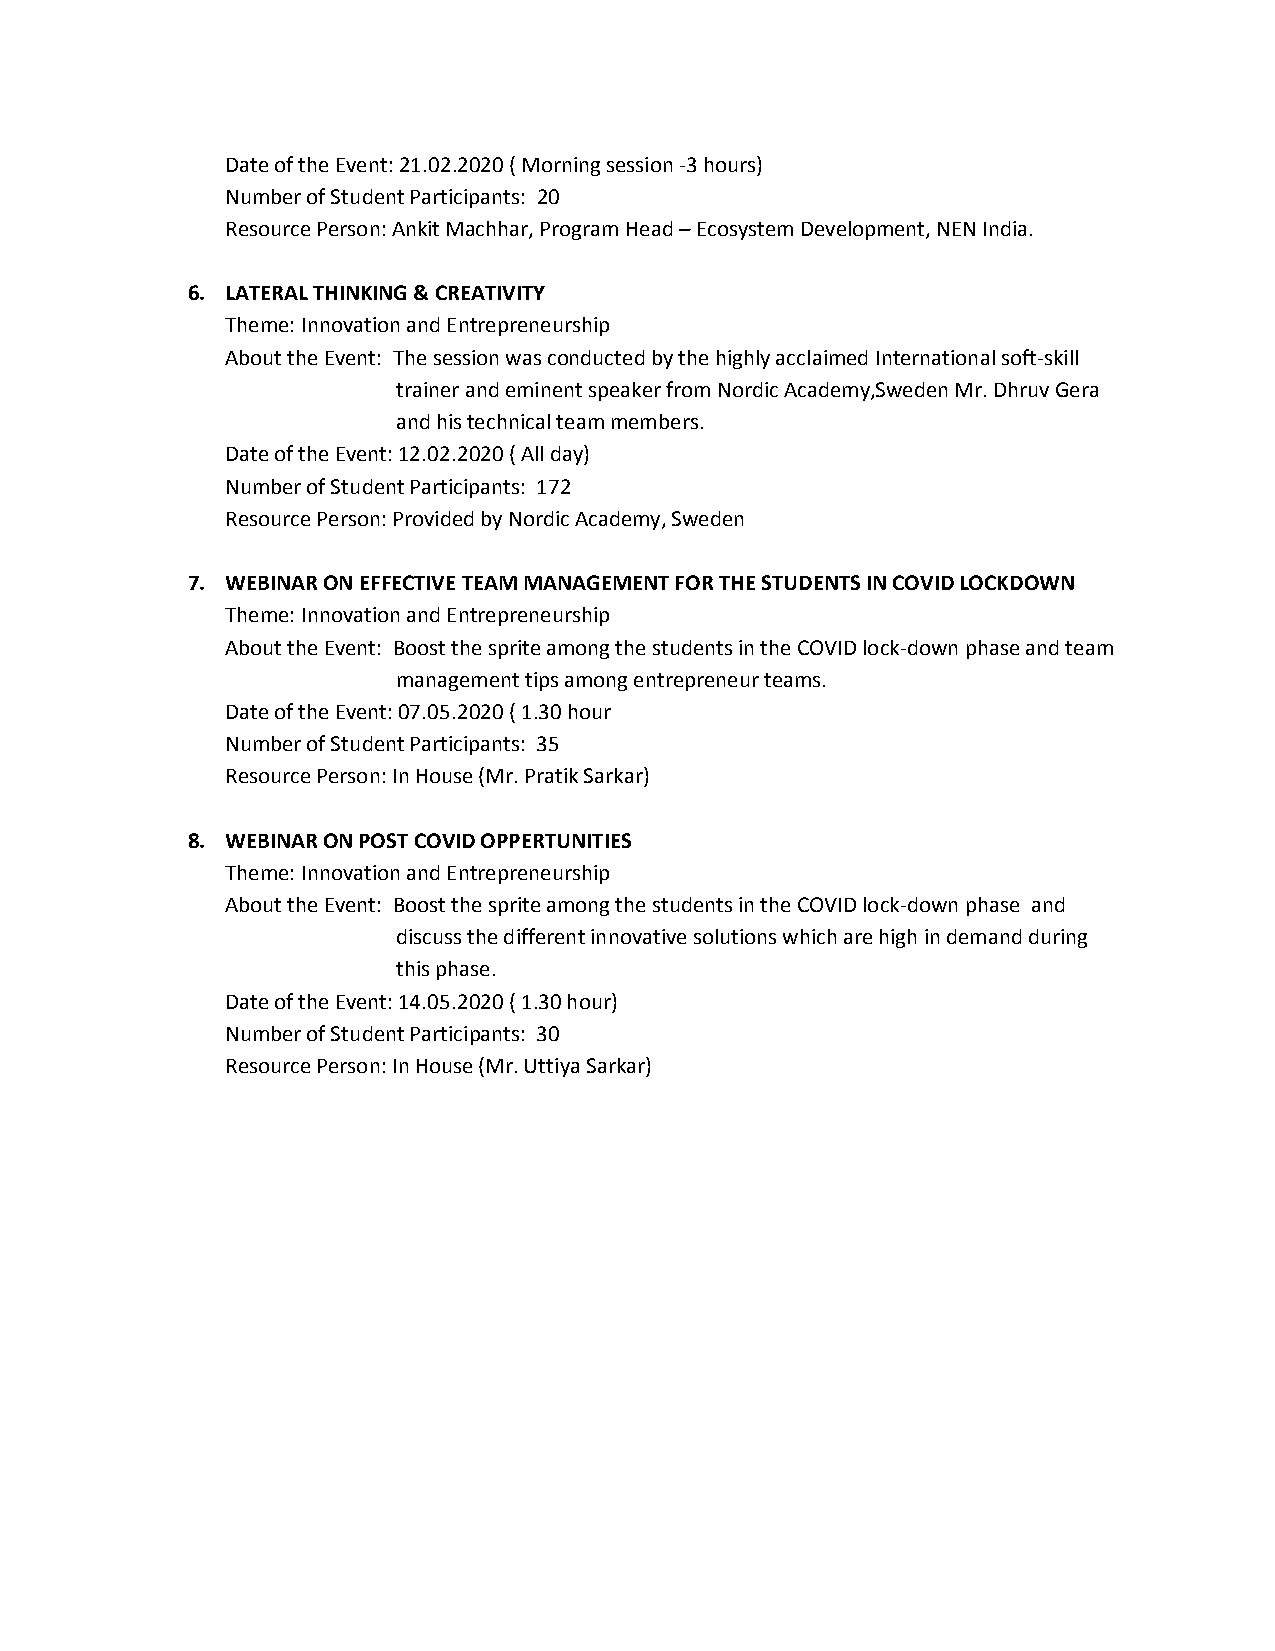
Date of the Event: 21.02.2020 ( Morning session -3 hours)
 Number of Student Participants: 20
 Resource Person: Ankit Machhar, Program Head – Ecosystem Development, NEN India.
 6. LATERAL THINKING & CREATIVITY
 Theme: Innovation and Entrepreneurship
 About the Event: The session was conducted by the highly acclaimed International soft-skill
 trainer and eminent speaker from Nordic Academy,Sweden Mr. Dhruv Gera
 and his technical team members.
 Date of the Event: 12.02.2020 ( All day)
 Number of Student Participants: 172
 Resource Person: Provided by Nordic Academy, Sweden
 7. WEBINAR ON EFFECTIVE TEAM MANAGEMENT FOR THE STUDENTS IN COVID LOCKDOWN
 Theme: Innovation and Entrepreneurship
 About the Event: Boost the sprite among the students in the COVID lock-down phase and team
 management tips among entrepreneur teams.
 Date of the Event: 07.05.2020 ( 1.30 hour
 Number of Student Participants: 35
 Resource Person: In House (Mr. Pratik Sarkar)
 8. WEBINAR ON POST COVID OPPERTUNITIES
 Theme: Innovation and Entrepreneurship
 About the Event: Boost the sprite among the students in the COVID lock-down phase and
 discuss the different innovative solutions which are high in demand during
 this phase.
 Date of the Event: 14.05.2020 ( 1.30 hour)
 Number of Student Participants: 30
 Resource Person: In House (Mr. Uttiya Sarkar)